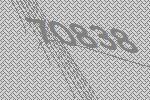
70838